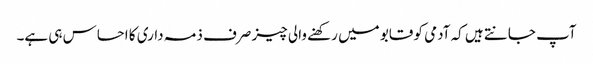
آپ جانتے ہیں کہ آدمی کو قابو میں رکھنے والی چیز صرف ذمہ داری کا احساس ہی ہے۔